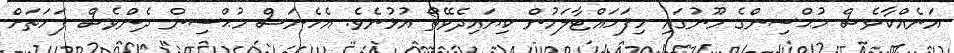
އަނެއްކާވެސް މުޙްސިންގެ މޫނުގައި ހިފަހައްޓާލަމުން ކިޔައިދެވޭތޯ އުޅުނެވެ. އެހެނަސް މުޙްސިން ދެންވެސް ފަހަތަށް